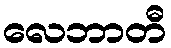
လေဘာတီ